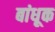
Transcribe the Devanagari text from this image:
बांधूक